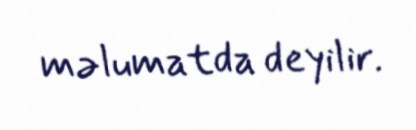
məlumatda deyilir.